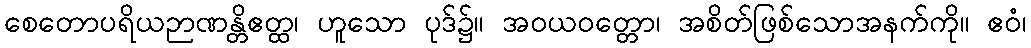
စေတောပရိယဉာဏန္တိဧတ္ထ၊ ဟူသော ပုဒ်၌။ အဝယဝတ္တော၊ အစိတ်ဖြစ်သောအနက်ကို။ ဧဝံ၊